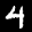
Label: 4